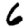
Digit: 6